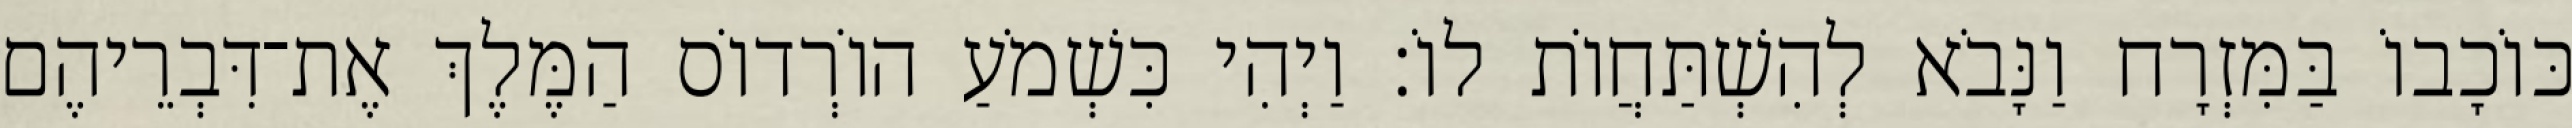
כּוֹכָבוֹ בַּמִּזְרָח וַנָּבֹא לְהִשְׁתַּחֲוֹת לוֹ׃ וַיְהִי כִּשְׁמֹעַ הוֹרְדוֹס הַמֶּלֶךְ אֶת־דִּבְרֵיהֶם